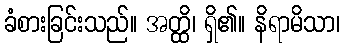
ခံစားခြင်းသည်။ အတ္ထိ၊ ရှိ၏။ နိရာမိသာ၊